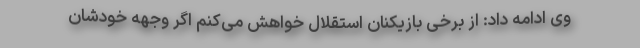
وی ادامه داد: از برخی بازیکنان استقلال خواهش می‌کنم اگر وجهه خودشان